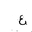
Letter: _ayn